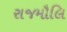
રાજમૌલિ